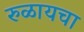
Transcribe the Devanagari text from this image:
रुळायचा